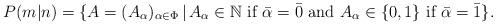
LaTeX: \begin{align*}P(m|n)=\{A=(A_\alpha)_{\alpha\in \Phi}\,|\,A_\alpha\in \mathbb N\mbox{ if } \bar{\alpha}=\bar0\mbox{ and } A_\alpha\in\{0,1\} \mbox{ if } \bar{\alpha}=\bar1\}.\end{align*}